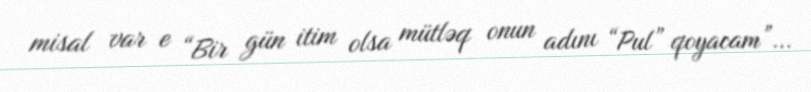
misal var e “Bir gün itim olsa mütləq onun adını “Pul” qoyacam”...